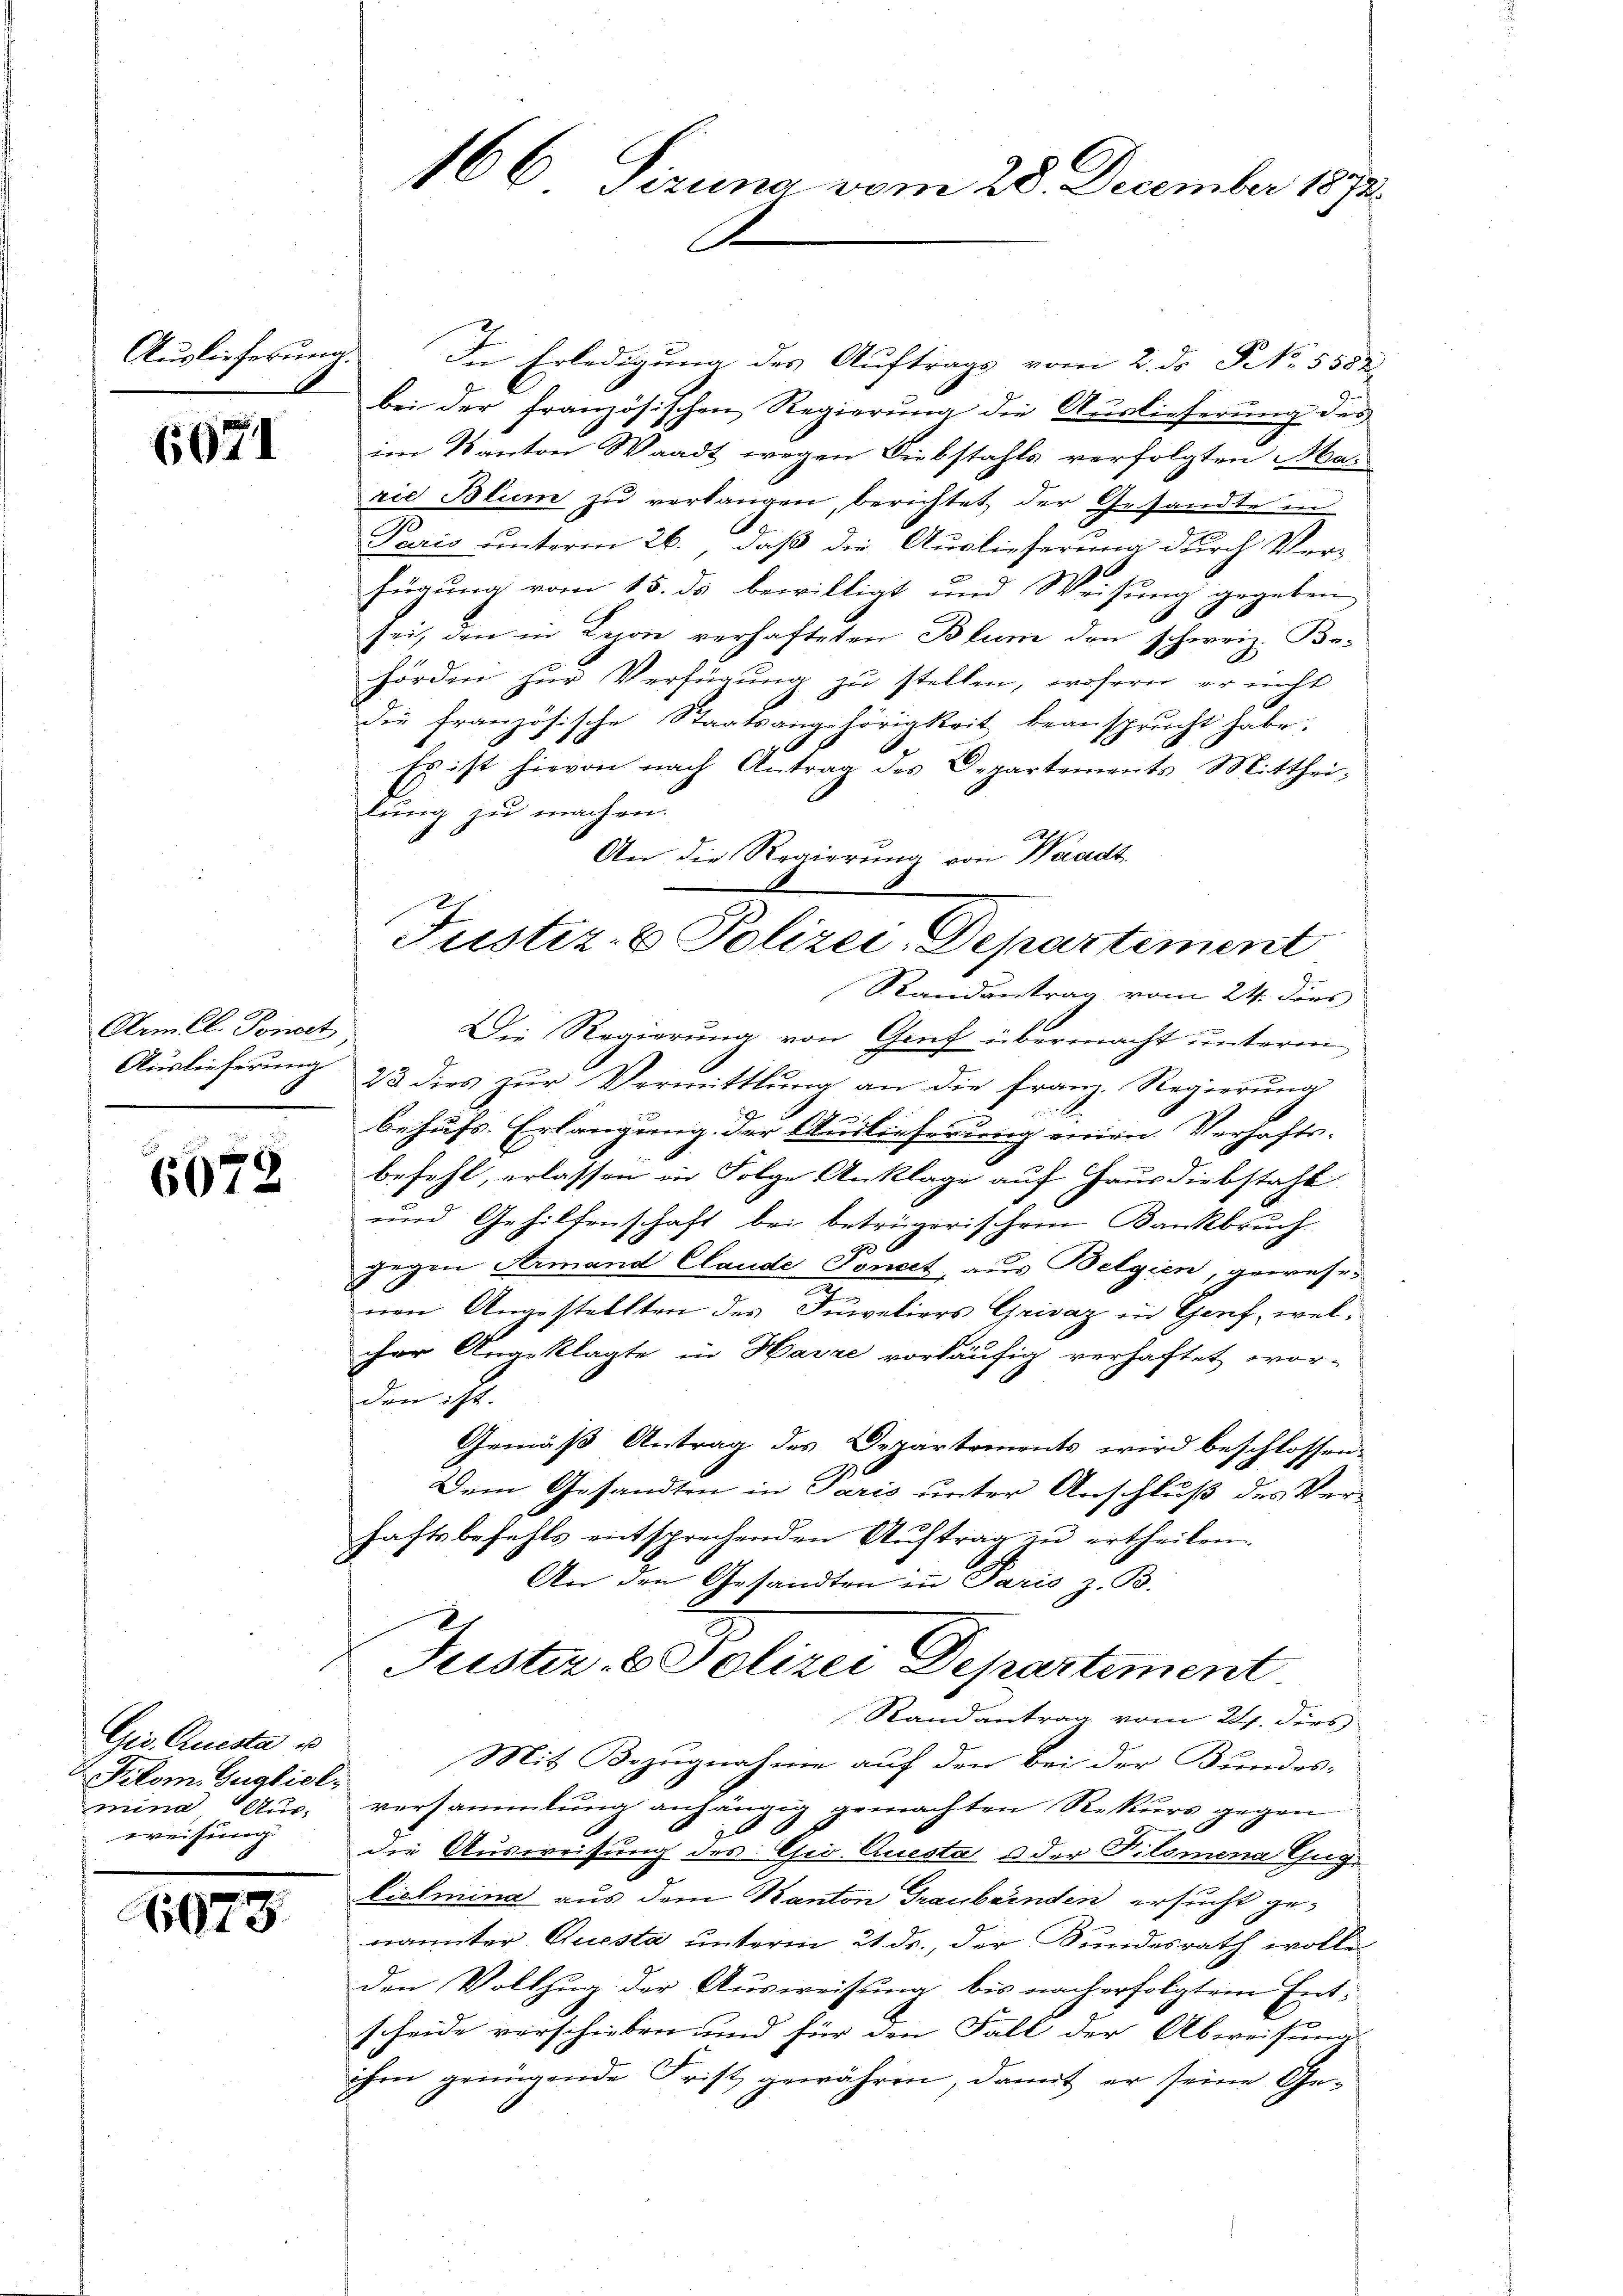
Auslieferung.

6071

Arm Cl. Ponert

6678

Gio. Questa u
Pitom. Guglielmina Aus-
weisung

6073

166 Sizung vom 28. December 1872.

In Erledigung des Auftrags vom 2. ds NNo. 5552.
bei der französischen Regierung die Auslieferung des
im Kanton Waadt wegen Diebstahls verfolgten Marie Blum zŭ verlangen, berichtet der Gesandte in
Paris unterm 26., daß die Auslieferung durch Ver-
fügung vom 15. ds bewilligt und Weisung gegeben
sei, den in Leon verhafteten Blum den schweiz. Be-
hörden zur Verfügung zu stellen, wofern er nicht
die französische Staatsangehörigkeit beansprŭcht habe.
9 x
Es ist hievon nach Antrag des Departements Mittheitung zu machen.
dnn ist ge
An die Regierung von Waadt.
Randantrag vom 24. dies
Die Regierŭng von Genf übermacht unterm
Auslieferung 23 dies zur Vermittlung an die Franz. Regierung
behufs Erlangung der Auslieferung einen Verhafts-
befehl, erlassen in Folge Anklage auf Hausdiebstahl
und Gehilfenschaft bei betrügerischem Bankbruch
gegen Armand Claude Tonet, aus Belgien, gewese
nen Angestellten des Inivetiers Grisaz in Genf, welcher Angeklagte in Havre vorläufig verhaftet wor-
den ist.
Gemäß Antrag des Departements wird beschlossen:
Dem Gesandten in Paris unter Anschluß des Verhaftsbefehls entsprechenden Aŭftrag zu ertheilen.
An den Gesandten in Paris z. B.
Justiz- & Polizei Departement
Randantrag vom 24. dies
Mit Bezugnahme auf den bei der Bundes-
versammlung anhängig gemachten Rekurs gegen
i
die Ausweisung des Civ. Questa o der Pilomena Gug¬
Lielmina aus dem Kanton Graubünden ersucht genannter Questa unterm 21. ds., der Bundesrath wolle
den Vollzug der Ausweisung bis nach erfolgtem Ent-
scheide verschieben und für den Fall der Abweisung
ihm genügende Frist gewähren, damit er seine Ge¬

Justiz- & Polizei-Departement